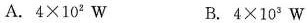
A.$$4 \times 1 0 ^ { 2 } W$$ B.$$4 \times 1 0 ^ { 3 } W$$